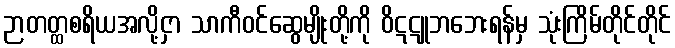
ဉာတတ္ထစရိယအလို့ငှာ သာကီဝင်ဆွေမျိုးတို့ကို ဝိဋဋူဘဘေးရန်မှ သုံးကြိမ်တိုင်တိုင်